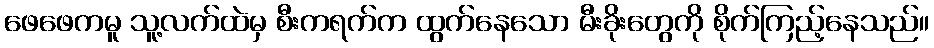
ဖေဖေကမူ သူ့လက်ထဲမှ စီးကရက်က ထွက်နေသော မီးခိုးတွေကို စိုက်ကြည့်နေသည်။